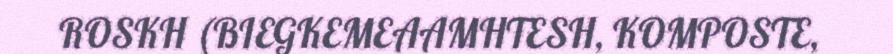
ROSKH (BIEGKEMEAAMHTESH, KOMPOSTE,